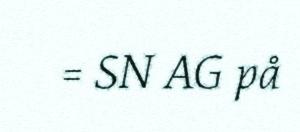
= SN AG på